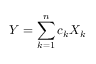
Y = \sum _ { k = 1 } ^ { n } c _ { k } X _ { k }